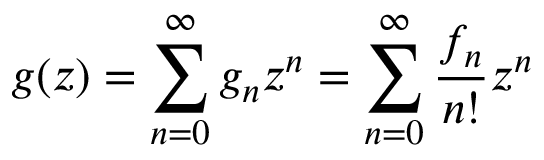
g ( z ) = \sum _ { n = 0 } ^ { \infty } { g _ { n } z ^ { n } } = \sum _ { n = 0 } ^ { \infty } { \frac { f _ { n } } { n ! } z ^ { n } }